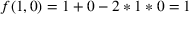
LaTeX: f ( 1 , 0 ) = 1 + 0 - 2 * 1 * 0 = 1